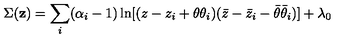
\Sigma ( { \bf z } ) = \sum _ { i } ( \alpha _ { i } - 1 ) \ln [ ( z - z _ { i } + \theta \theta _ { i } ) ( \bar { z } - \bar { z } _ { i } - \bar { \theta } \bar { \theta } _ { i } ) ] + \lambda _ { 0 }